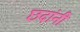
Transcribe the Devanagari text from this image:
छदांनी